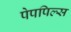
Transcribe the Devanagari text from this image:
पेपपिल्स